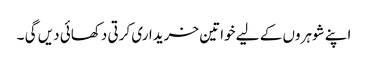
اپنے شوہروں کے لیے خواتین خریداری کرتی دکھائی دیں گی ۔